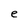
Character: e